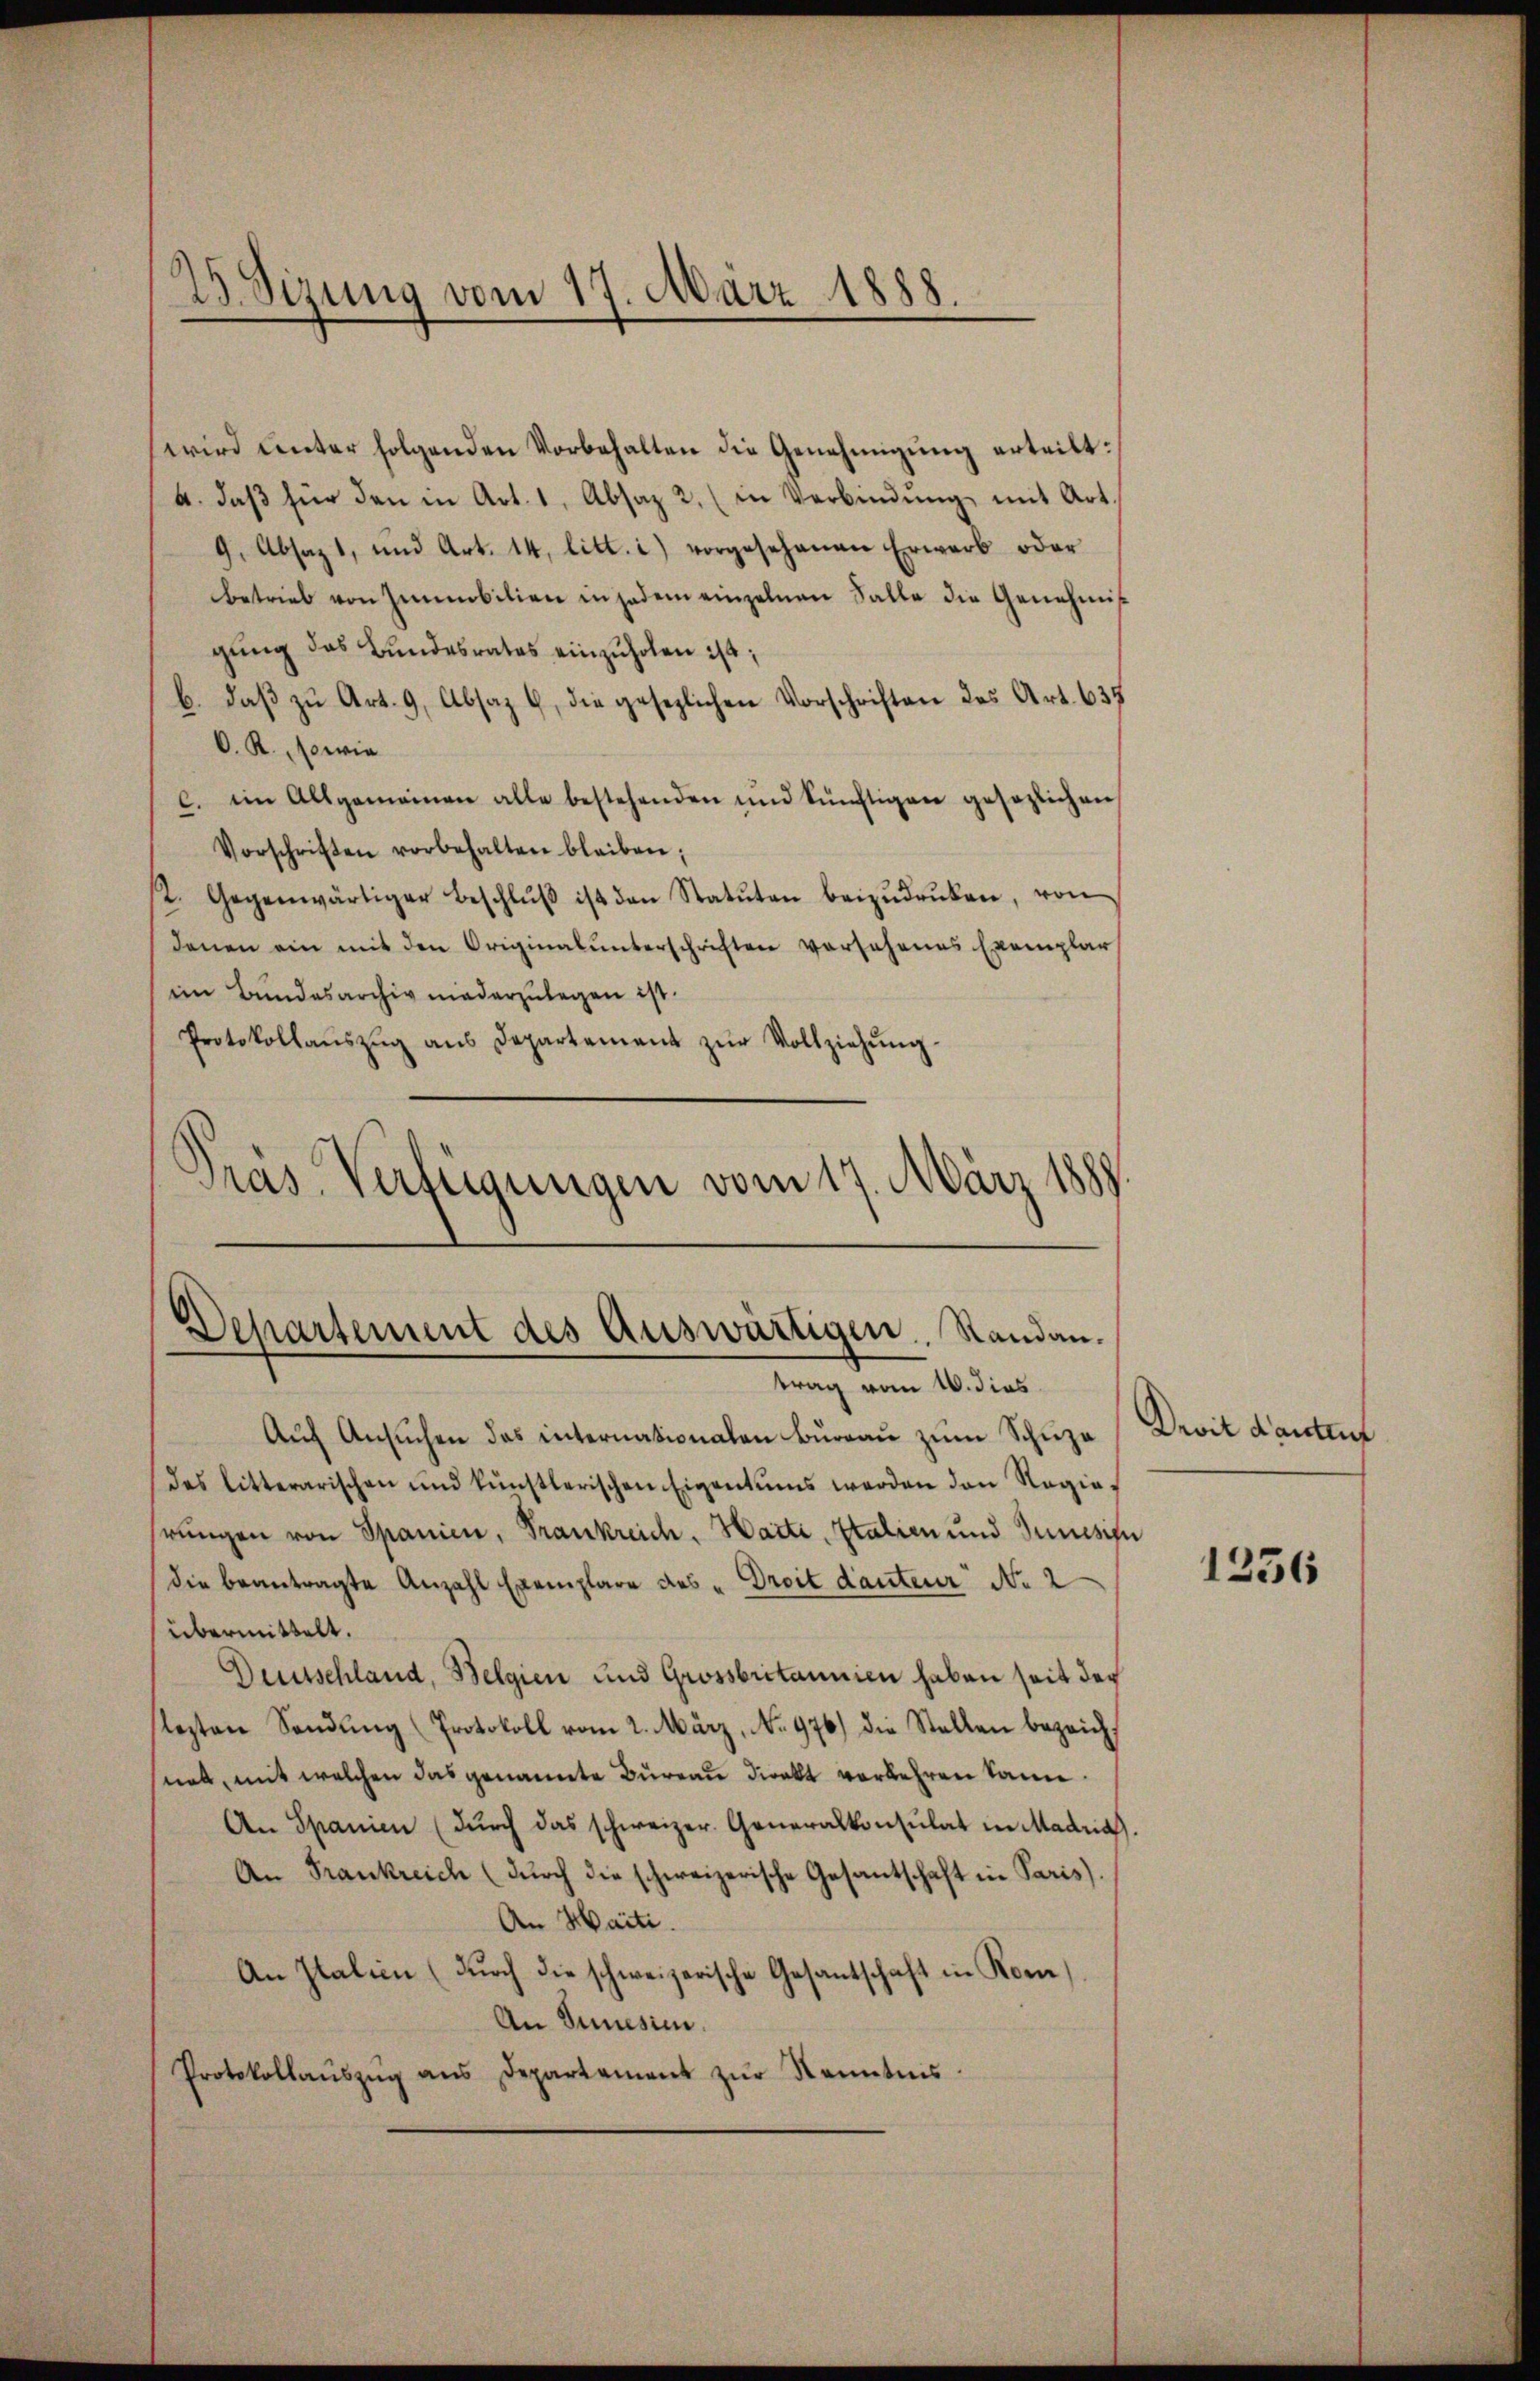
23. Sizung vom 17. März 1888.

wird unter folgenden Vorbehalten die Genehmigung erteilt:
4. daβ für den in Art. 1, Absaz 2. (in Verbindŭng mit Art
9. Absaz 1, und Art. 14. litt. i) vorgesehenen Erwarb oder
betrieb von Immobilien in jedem einzelnen Falle die Genehmis
gŭng des Bundesrates einzŭholen ist;
b. daß zu Art. 9, Absaz 6, die gesezlichen Vorschriften des Art. 635
O. R., sowie
c. im Allgemeinen alle bestehenden und künftigen gesezlichen
Vorschriften vorbehalten bleiben;
2. Gegenwärtiger Beschlŭβ ist den Statŭten beizŭdrüken, von
denen ein mit den Originalunterschriften vorsehenes Exemplar
im Bundesarchiv niederzulegen ist.
Protokollaŭszŭg aŭs Departement zŭr Vollziehŭng
Pras Verfügungen vom 17. März 1889.

Departement des Auswärtigen. Standantrag vom 16. dies

Auf Ansuchen das internationalen bureau zum Schuza
des litterarischen und künstlerischen Eigentums werden den Regiehrungen von Spanien, Frankreich, Harti, Italien und Junisie
die beantragte Anzahl Exemplare des Droit danteur No 2
übermittelt.
Deutschland, Belgien und Grossbritannien haben seit der
lezten Sendung (Protokoll vom 2. März, No. 976) die Stellen bezeichnet, mit welchen das genannte Bureau direkt verkehren kann
An Spanien (dŭrch das schweizer. Generalkonsulat in Madria
An Frankreich (dŭrch die schweizerische Gesantschaft in Paris).
An Haiti.
An Italien (durch die schweizerische Gesantschaft in Kom¬
An Sunesie.
Protokollaŭszŭg ans Departement zŭr Kenntnis

Devit dantent

1256